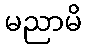
မညာမိ